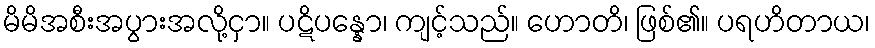
မိမိအစီးအပွားအလို့ငှာ။ ပဋိပန္နော၊ ကျင့်သည်။ ဟောတိ၊ ဖြစ်၏။ ပရဟိတာယ၊